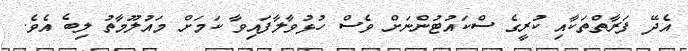
އެދޭ ފަރާތްތަކާއި ކުރީގެ ސްކައުޓުންނަށް ވެސް ހުޅުވާލާފައިވާ ކަމަށް މައުލޫމާތު ލިބެ އެވެ.